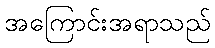
အကြောင်းအရာသည်